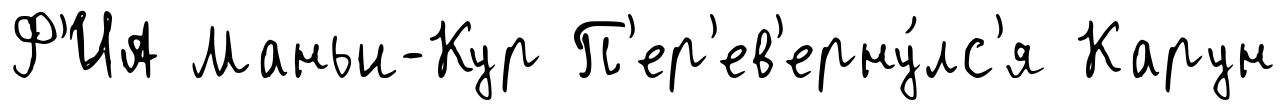
Ф'ИА Маньи-Кур П'ер'ев'ерну́лс'я Карун